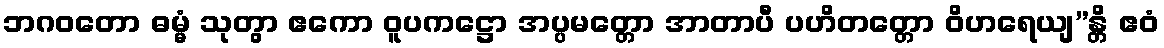
ဘဂဝတော ဓမ္မံ သုတွာ ဧကော ဝူပကဋ္ဌော အပ္ပမတ္တော အာတာပီ ပဟိတတ္တော ဝိဟရေယျ”န္တိ ဧဝံ